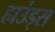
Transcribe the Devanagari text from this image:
हाउंड्स